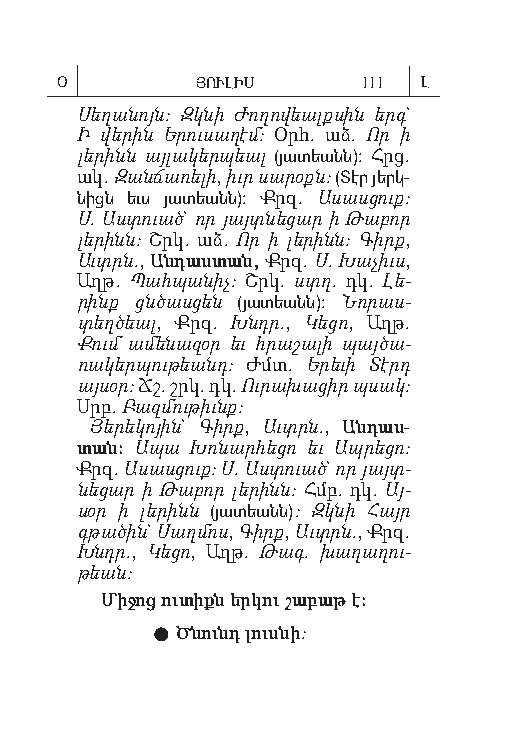
Օ        ՅՈՒԼԻՍ     111 Լ
 Սեղ ա նոյն: Զկն ի Ժող ո վեալքս ին երգ`
 Ի վե րին Եր ու սաղ էմ: Օրհ. աձ. Որ ի
 լեր ինն այլ ակ եր պեալ (յա տեանն): Հրց.
 ակ. Զան ճառ ել ի, իւր սա րօքն: ( Տէր յերկ­
 նիցն եւս յա տեանն): Քրզ. Ա սասց ուք:
 Ս. Աս տուած` որ յայտն ե ցար ի Թաբ որ
 լեր ինն: Շրկ. աձ. Որ ի լե րինն: Գիրք,
 Աւտրն., Ան դաս տան, Քրզ. Ս. Խա չիւս,
 Աղթ. Պահ պան իչ: Շրկ. ստղ. դկ. Լե­
 րինք ցնծաս ցեն (յա տեանն): Նոր աս­
 տեղծ եալ, Քրզ. Խնդր., Կե ցո, Աղթ.
 Քում ա մեն ազ օր եւ հրա շալ ի պայ ծա­
 ռակ եր պութ եանդ: Ժմտ. Ե րեւ ի Տէրդ
 այս օր: Ճշ. շրկ. դկ. Ու րախ աց իր պսակ:
 Սրբ. Բազ մութ իւնք:
 Յե րե կո յին` Գիրք, Աւտրն., Ան դաս-
 տան: Ապ ա Խոն արհ ե ցո եւ Ապր եց ո:
 Քրզ. Ա սաս ցուք: Ս. Աս տուած` որ յայտ­
 նեց ար ի Թաբ որ լեր ինն: Հմբ. դկ. Այ­
 սօր ի լե րինն (յա տեանն): Զկնի Հայր
 գթա ծին` Սաղ մոս, Գիրք, Աւտրն., Քրզ.
 Խնդր., Կե ցո, Աղթ. Թագ. խաղ աղ ու­
 թեան:
 Մի ջոց ուտ իքն երկու շա բաթ է:
  Ծ նունդ լուս նի: